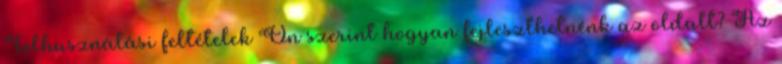
Felhasználási feltételek Ön szerint hogyan fejleszthetnénk az oldalt? Az